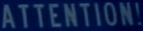
ATTENTION!